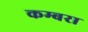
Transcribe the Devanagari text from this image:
कम्बरा